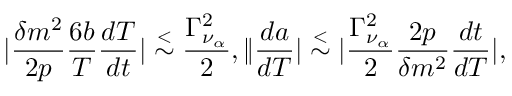
| { \frac { \delta m ^ { 2 } } { 2 p } } { \frac { 6 b } { T } } { \frac { d T } { d t } } | \stackrel { < } { \sim } { \frac { \Gamma _ { \nu _ { \alpha } } ^ { 2 } } { 2 } } , \| { \frac { d a } { d T } } | \stackrel { < } { \sim } | { \frac { \Gamma _ { \nu _ { \alpha } } ^ { 2 } } { 2 } } { \frac { 2 p } { \delta m ^ { 2 } } } { \frac { d t } { d T } } | ,